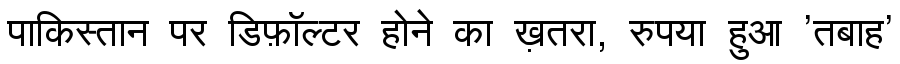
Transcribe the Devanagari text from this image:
पाकिस्तान पर डिफ़ॉल्टर होने का ख़तरा, रुपया हुआ 'तबाह'